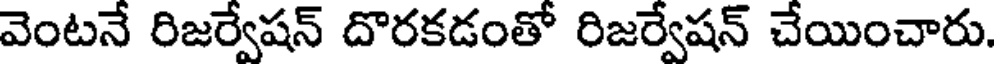
వెంటనే రిజర్వేషన్ దొరకడంతో రిజర్వేషన్ చేయించారు.